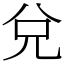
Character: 兌